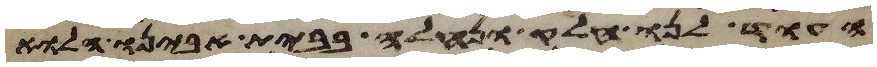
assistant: העוד לנו חלק ונחלה בבית אבינו הלוא